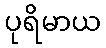
ပုရိမာယ